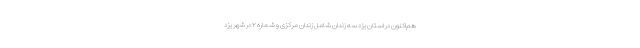
هم‌اکنون در استان یزد سه زندان شامل زندان مرکزی و شماره ۲ در شهر یزد